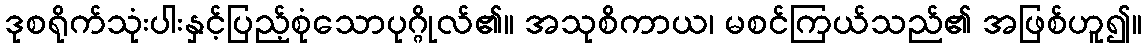
ဒုစရိုက်သုံးပါးနှင့်ပြည့်စုံသောပုဂ္ဂိုလ်၏။ အသုစိကာယ၊ မစင်ကြယ်သည်၏ အဖြစ်ဟူ၍။